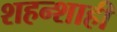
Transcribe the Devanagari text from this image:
शहन्शाही